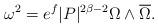
LaTeX: \begin{align*} \omega^2 = e^f |P|^{2\beta-2} \Omega \wedge \overline{\Omega} .\end{align*}